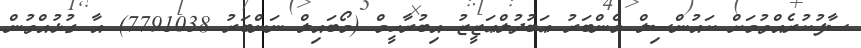
ސާފުކުރެއްވުމަށް ކައުންސިލް މެންބަރު ޢަބުދުލްޢަޒީޒު އިބުރާހީމް (މޯބައިލް ނަންބަރު 7791038) އާ ގުޅުއްވުން